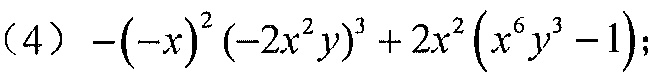
(4) \(-(-x)^{2}(-2x^{2}y)^{3}+2x^{2}\left(x^{6}y^{3}-1\right)\);